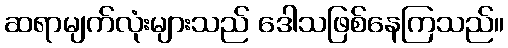
ဆရာမျက်လုံးများသည် ဒေါသဖြစ်နေကြသည်။